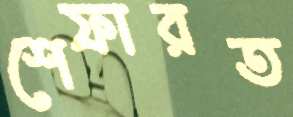
শেফারত